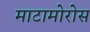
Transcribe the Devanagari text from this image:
माटामोरोस